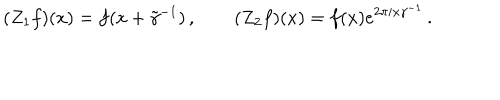
LaTeX: ( Z _ { 1 } f ) ( x ) = f ( x + \tilde { \gamma } ^ { - 1 } ) \, , \qquad ( Z _ { 2 } f ) ( x ) = f ( x ) e ^ { 2 \pi i x \gamma ^ { - 1 } } \, .